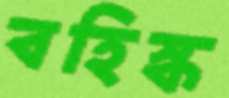
বহিস্ক